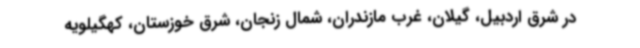
در شرق اردبیل، گیلان، غرب مازندران، شمال زنجان، شرق خوزستان، کهگیلویه